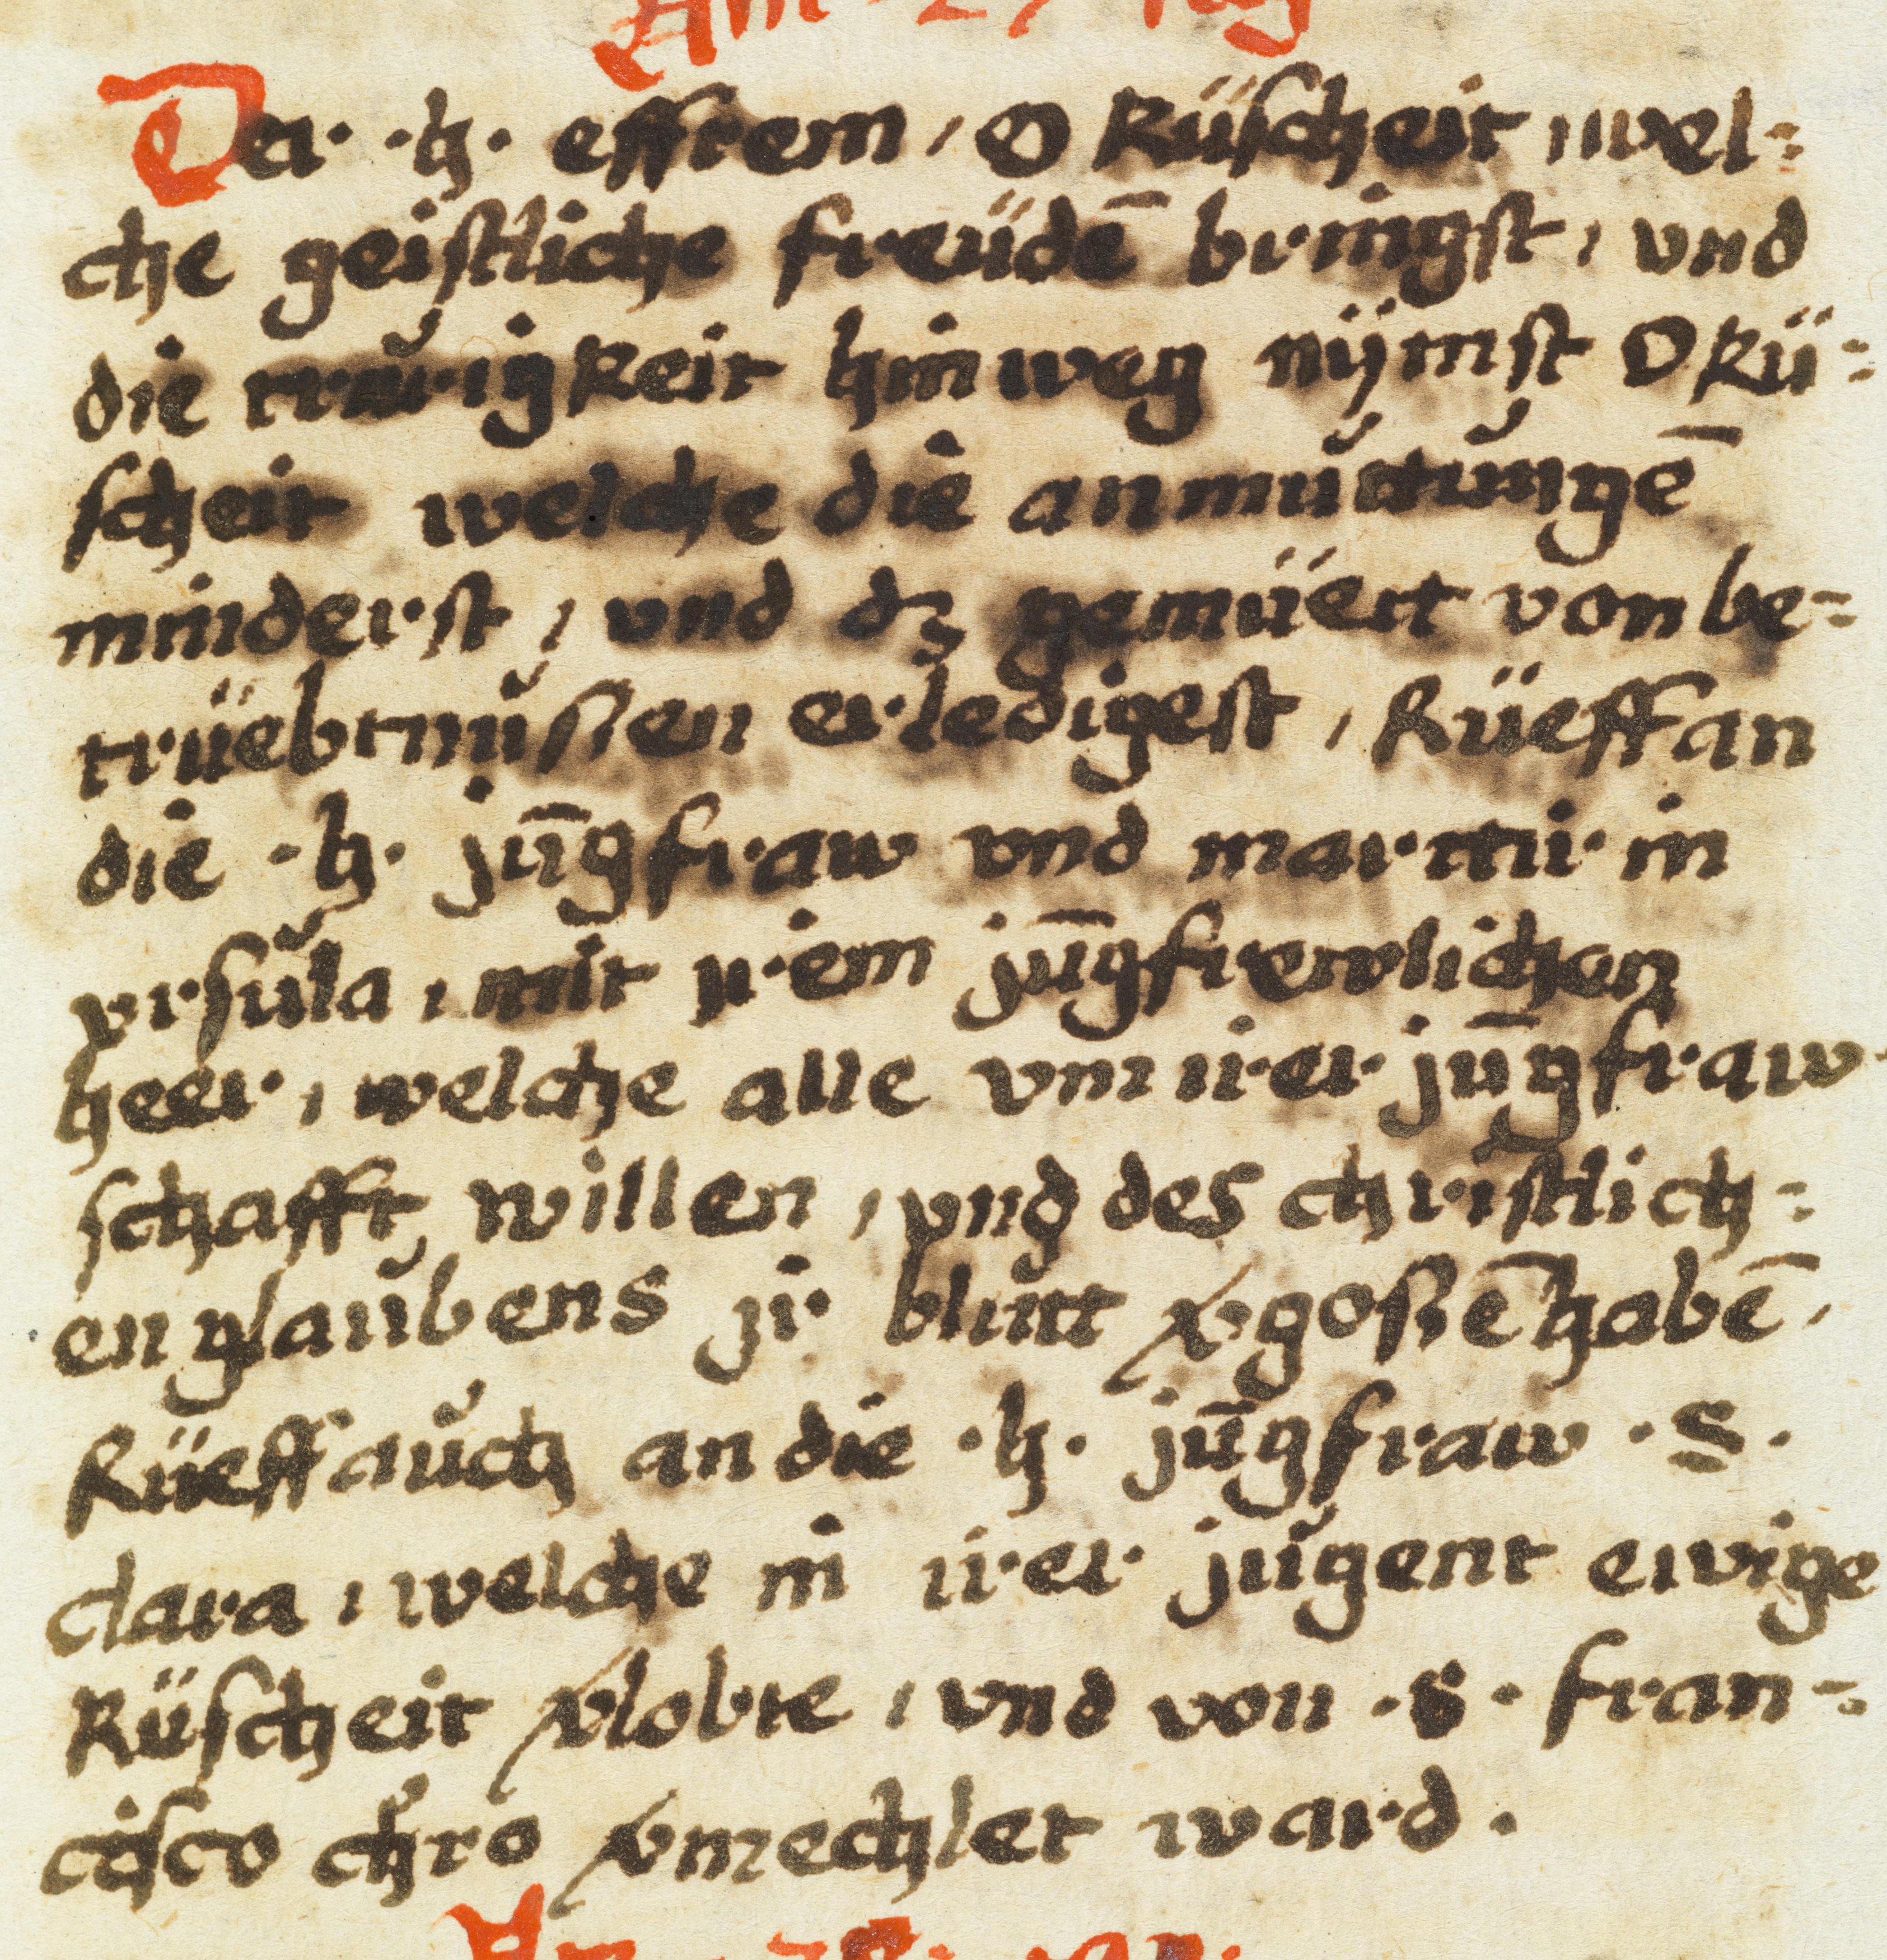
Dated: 1605–1635